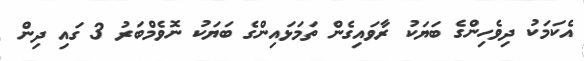
އެކަމަކު ދިވެހިންގެ ބަޔަކު ރާވައިގެން ތަމަޅައިންގެ ބަޔަކު ނޮވެމްބަރު 3 ގައި ދިން